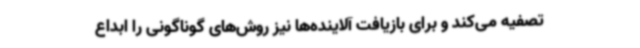
تصفیه می‌کند و برای بازیافت آلاینده‌ها نیز روش‌های گوناگونی را ابداع